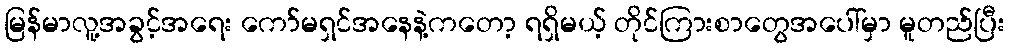
မြန်မာလူ့အခွင့်အရေး ကော်မရှင်အနေနဲ့ကတော့ ရရှိမယ့် တိုင်ကြားစာတွေအပေါ်မှာ မူတည်ပြီး